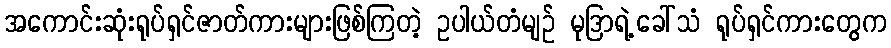
အကောင်းဆုံးရုပ်ရှင်ဇာတ်ကားများဖြစ်ကြတဲ့ ဥပါယ်တံမျဉ် မုဒြာရဲ့ခေါ်သံ ရုပ်ရှင်ကားတွေက